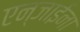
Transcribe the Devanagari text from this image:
एन्जाईना